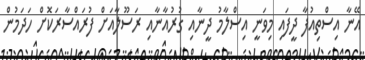
އޭނާ އިސްތިއުފާ ދީފައި މިވަނީ އިސްލާމު ދީނާއި ގުރުއާނާއި ރަސޫލާއަށް ފުރައްސާރަކޮށް ހަދަމުން